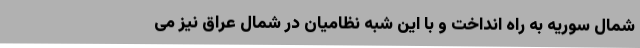
شمال سوریه به راه انداخت و با این شبه نظامیان در شمال عراق نیز می